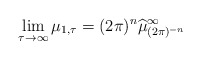
\begin{align*}\lim_{\tau\to\infty}\mu_{1,\tau}=(2\pi)^n\widehat{\mu}_{(2\pi)^{-n}}^{\infty}\end{align*}